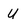
Character: U